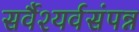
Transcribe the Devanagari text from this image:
सर्वैश्यर्वसंपन्न